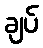
ချပ်